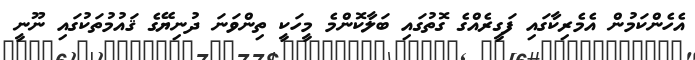
އެހެންކަމުން އެމެރިކާގައި ފަގީރެއްގެ ގޮތުގައި ބަލާކޮންމެ މީހަކީ ތިންވަނަ ދުނިޔޭގެ ޤައުމުތަކުގައި ނޫނީ